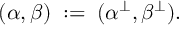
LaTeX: ( \alpha , \beta ) \; : = \; ( \alpha ^ { \bot } , \beta ^ { \bot } ) .